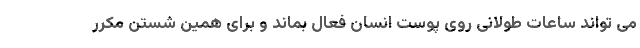
می تواند ساعات طولانی روی پوست انسان فعال بماند و برای همین شستن مکرر